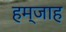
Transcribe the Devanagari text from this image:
हम्जाह